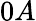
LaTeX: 0A